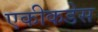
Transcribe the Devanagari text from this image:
एकीकडेस